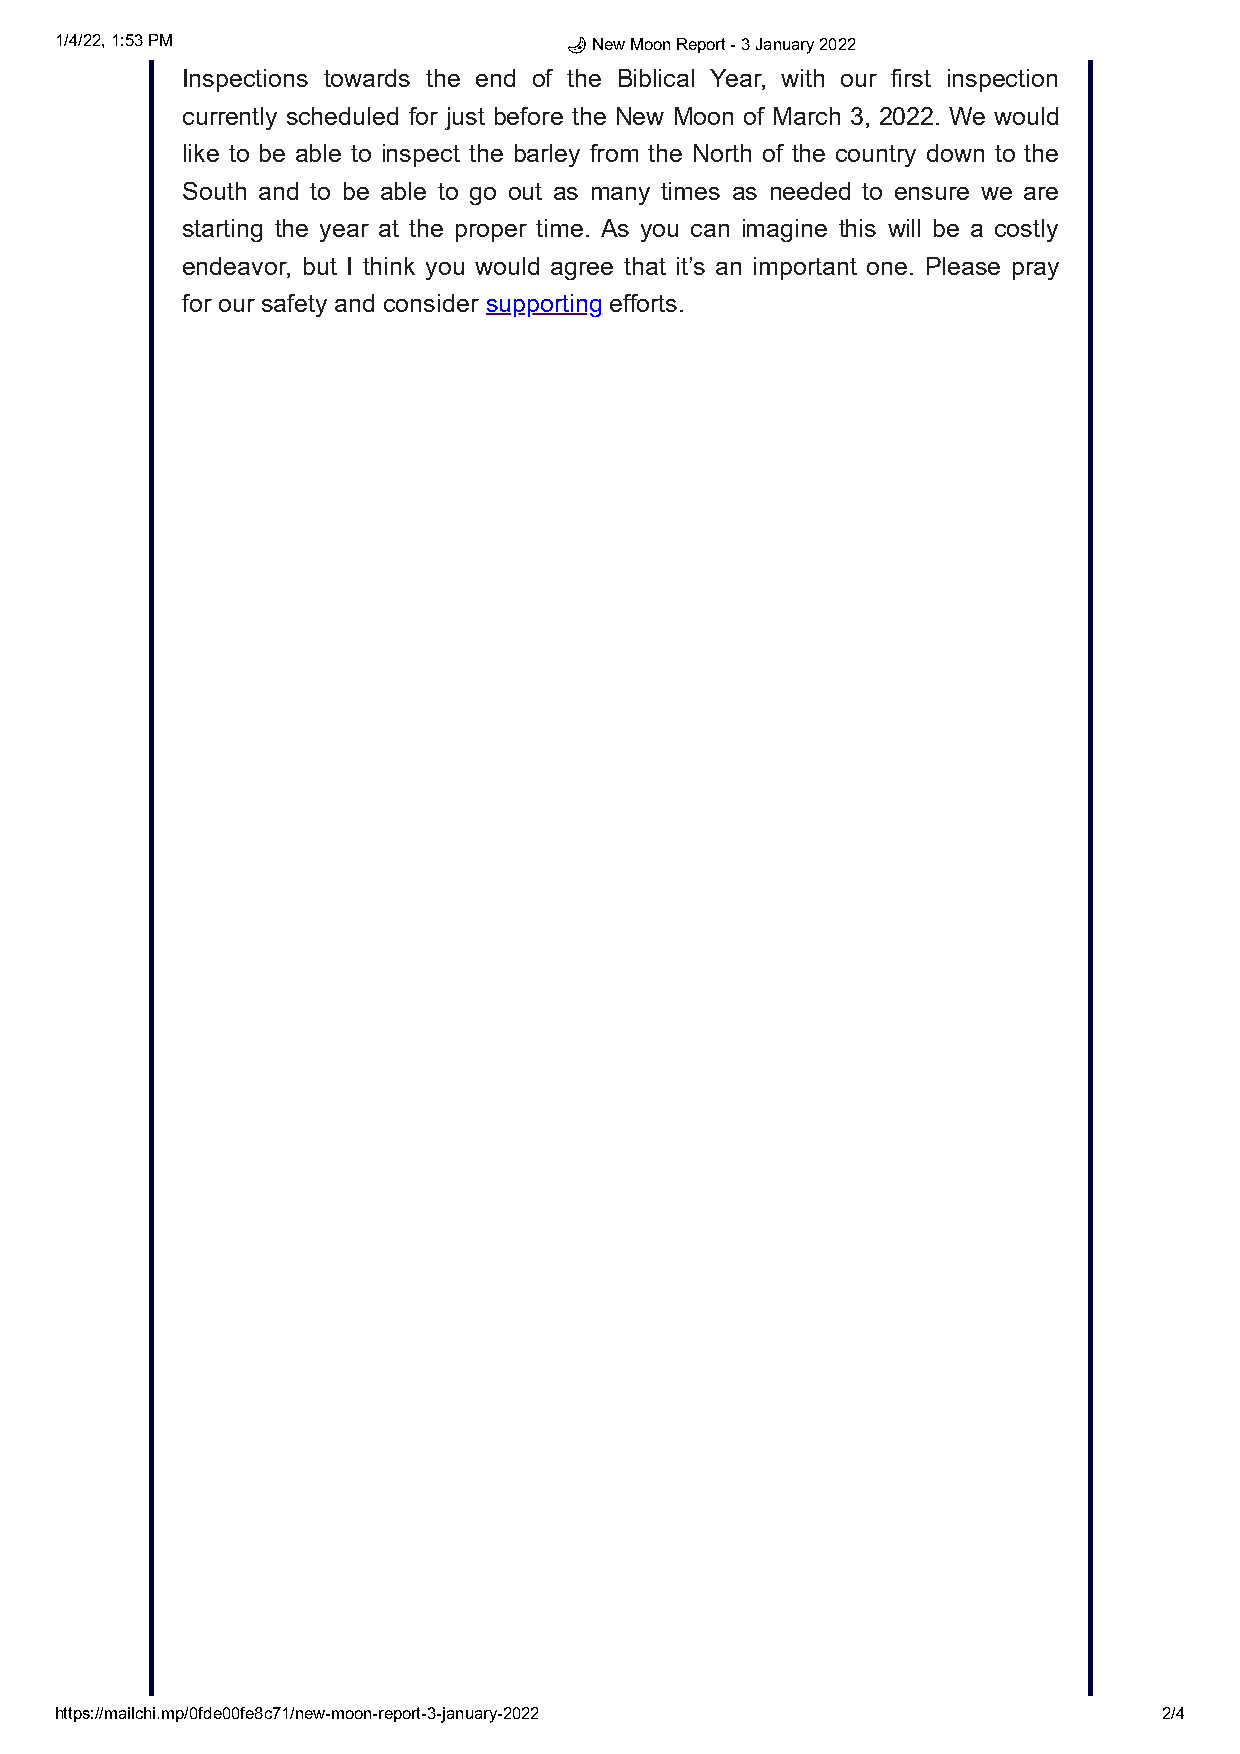
1/4/22, 1:53 PM                  🌙 New Moon Report - 3 January 2022
 Inspections towards the end of the Biblical Year, with our first inspection
 currently scheduled for just before the New Moon of March 3, 2022. We would
 like to be able to inspect the barley from the North of the country down to the
 South and to be able to go out as many times as needed to ensure we are
 starting the year at the proper time. As you can imagine this will be a costly
 endeavor, but I think you would agree that it’s an important one. Please pray
 for our safety and consider supporting efforts.
 https://mailchi.mp/0fde00fe8c71/new-moon-report-3-january-2022           2/4